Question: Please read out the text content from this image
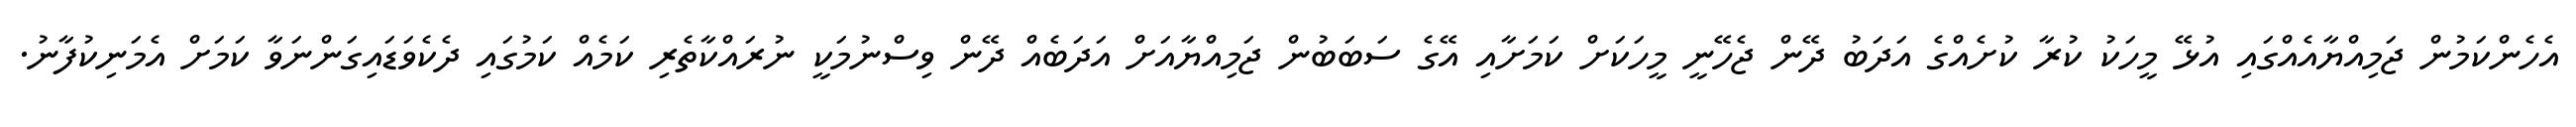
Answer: އެހެންކަމުން ޖަމިއްޔާއެއްގައި އުޅޭ މީހަކު ކުރާ ކުށެއްގެ އަދަބު ދޭން ޖެހޭނީ މީހަކަށް ކަމަށާއި އޭގެ ސަބަބުން ޖަމިއްޔާއަށް އަދަބެއް ދޭން ވިސްނުމަކީ ނުރައްކާތެރި ކަމެއް ކަމުގައި ދެކެވަޑައިގަންނަވާ ކަމަށް އެމަނިކުފާނު.